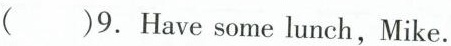
( )9. Have some lunch,Mike.